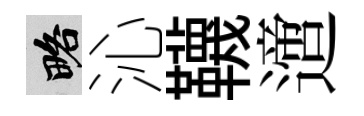
略沁韈𨗁